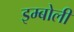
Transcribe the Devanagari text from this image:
इम्बोली